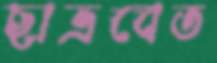
ছাত্রবেত